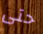
حتى